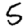
Digit: 5